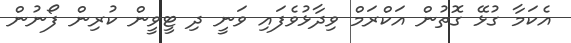
އެކަމާ ގުޅޭ ގޮތުން އަކްރަމް ވިދާޅުވެފައި ވަނީ ދި ޓީވީން ކުރިން ފޯނުން